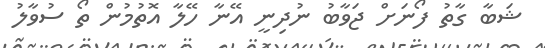
ޝަބާ ގާތު ފޯނަށް ޖަވާބު ނުދިނީ އޭނާ ހޭލާ އޮތުމުން ތޯ ސުވާލު